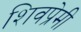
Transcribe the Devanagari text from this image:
शिवप्रेमी